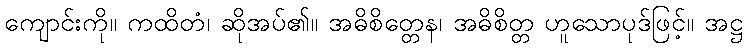
ကျောင်းကို။ ကထိတံ၊ ဆိုအပ်၏။ အဓိစိတ္တေန၊ အဓိစိတ္တ ဟူသောပုဒ်ဖြင့်။ အဋ္ဌ